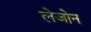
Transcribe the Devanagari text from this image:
लेजोन